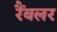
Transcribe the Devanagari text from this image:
रैंबलर